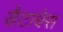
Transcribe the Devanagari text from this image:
डैटाबेस